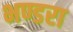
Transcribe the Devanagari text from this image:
भण्डरा